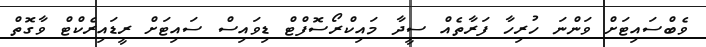
ވެބްސައިޓަށް ވަންނަ ހުރިހާ ފަރާތެއް ސީދާ މައިކްރޯސޮފްޓް ޑިވައިސް ސައިޓަށް ރީޑައިރެކްޓް ވާގޮތް